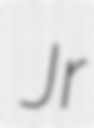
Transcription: Jr